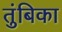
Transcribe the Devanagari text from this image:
तुंबिका